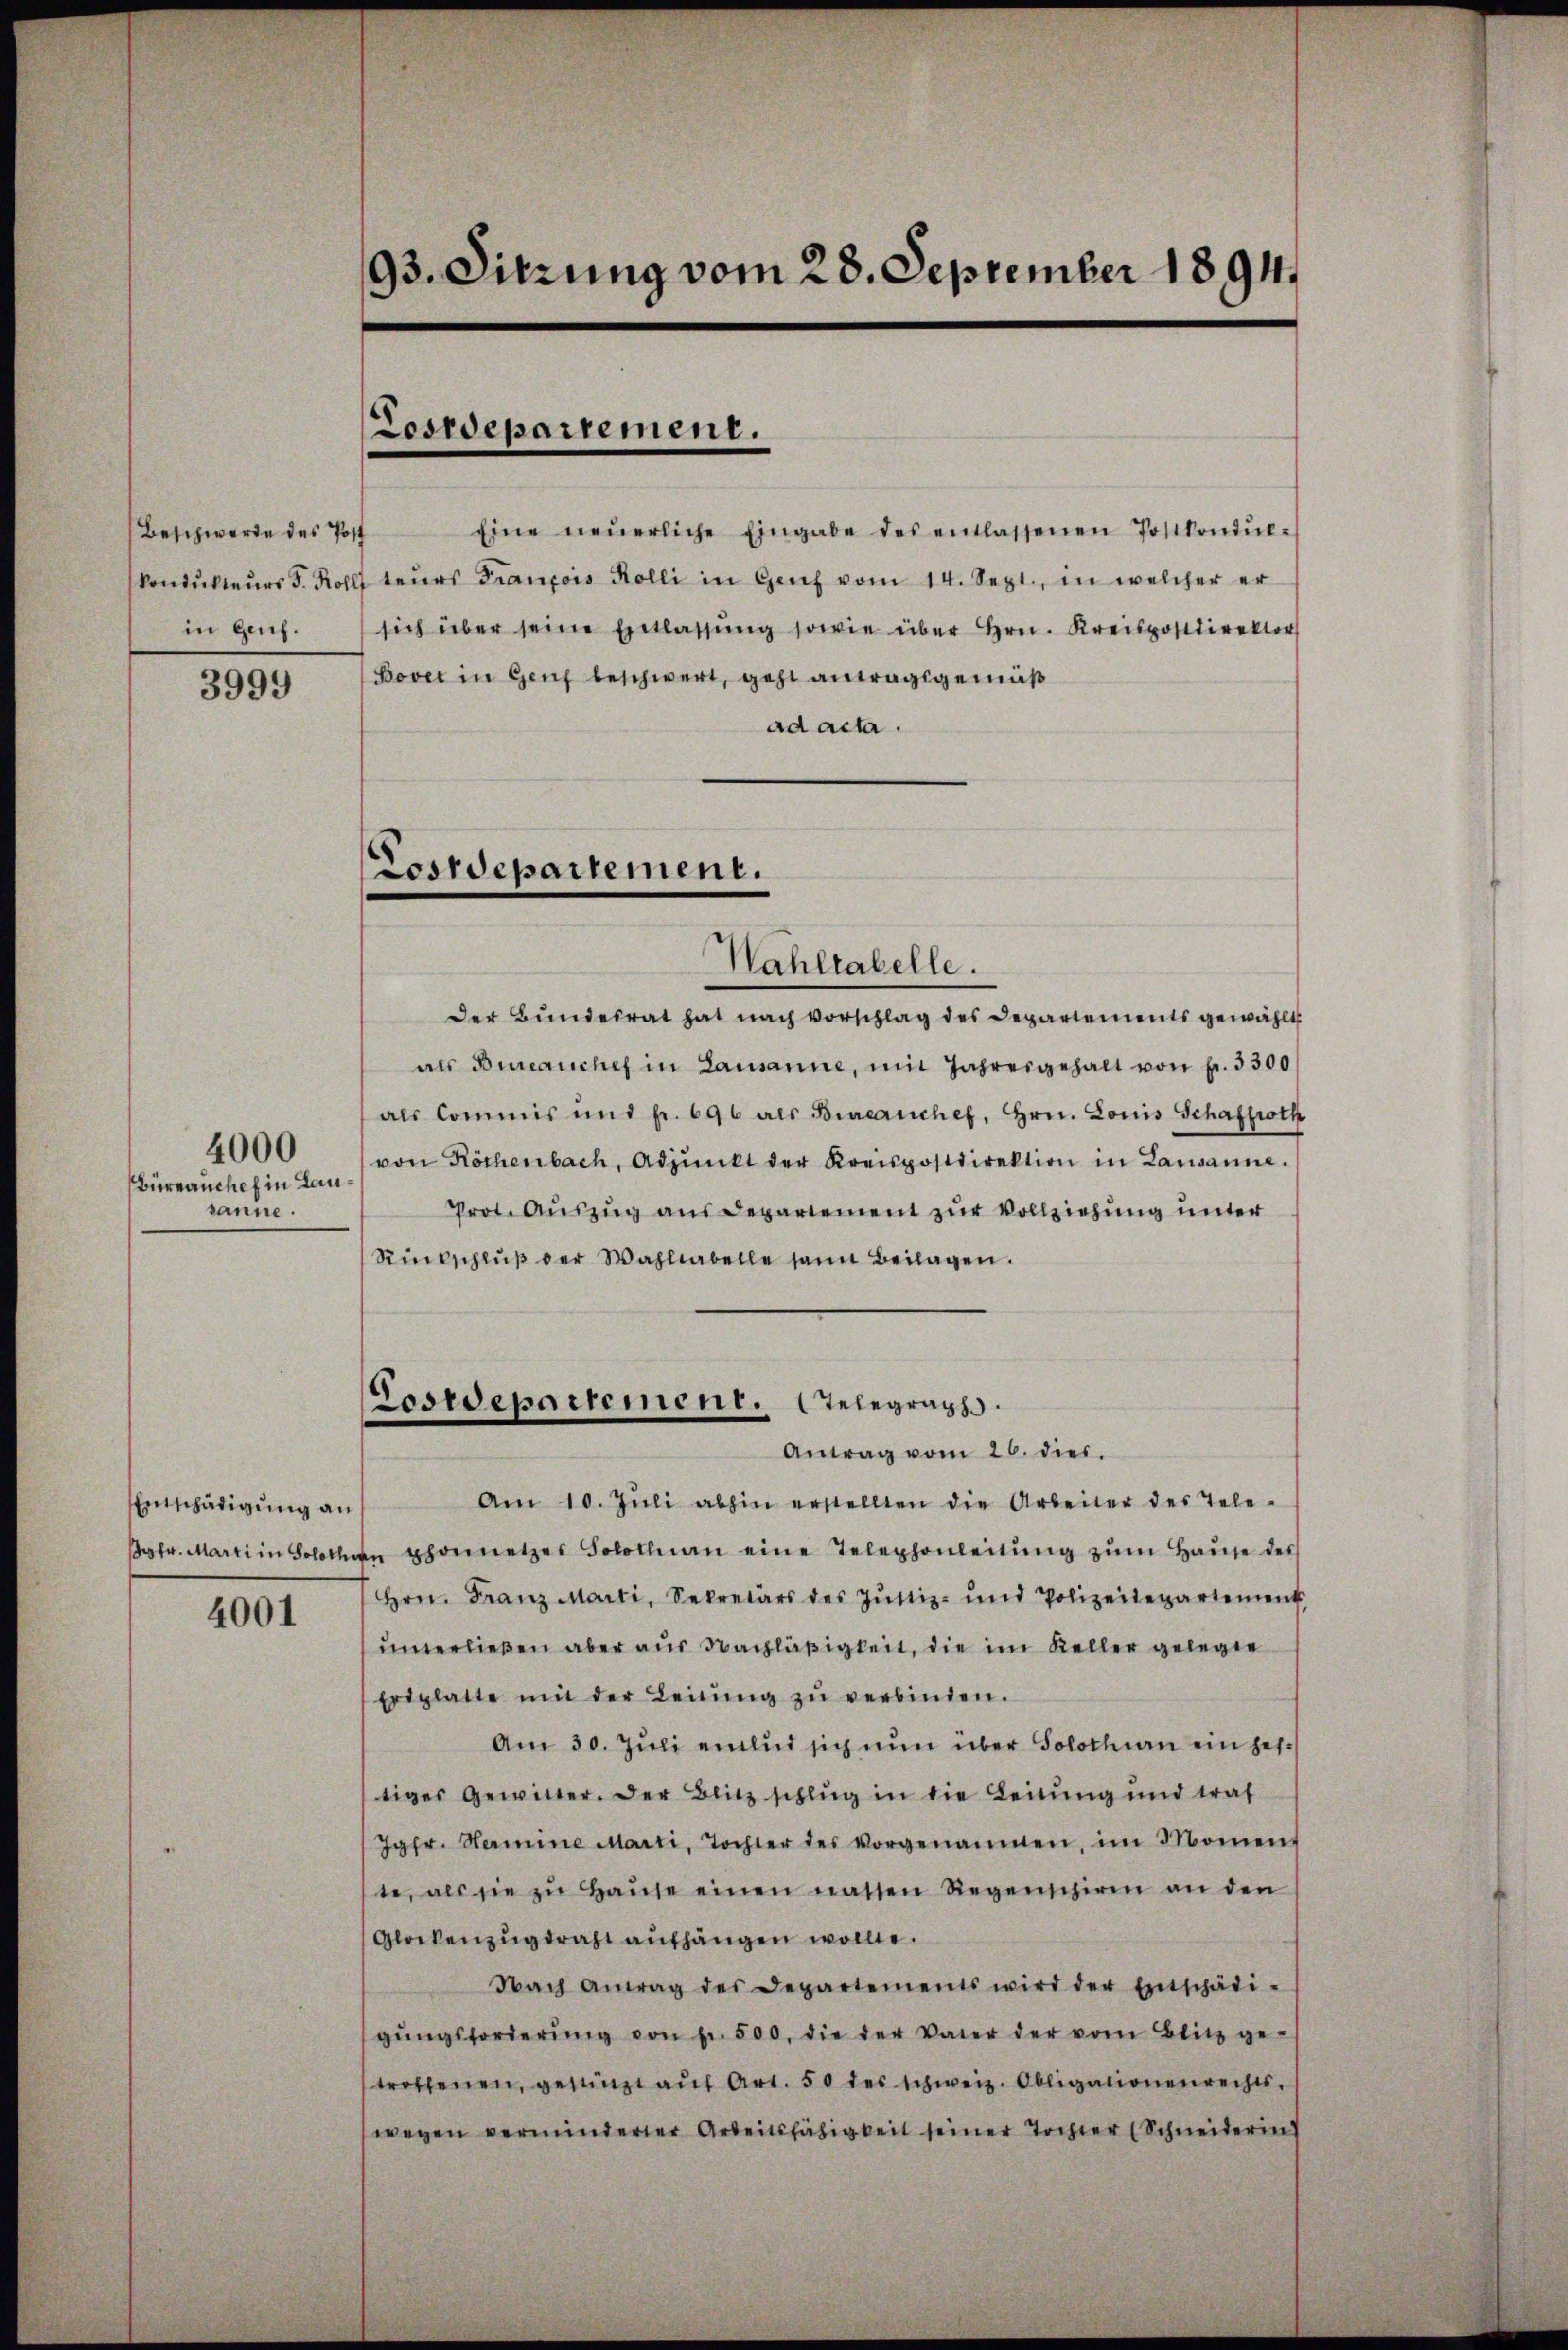
Beschwerde des Post
Vondukteurs d. Roll
in Ges.

3999

Büreauchef in Lausanne.

4000

Enntschädigung an
Bestr. Marti in Soloth

4001

93. Sitzung vom 28. September 1894.

Losrepartement.

Eine neŭerliche Eingabe des entlassenen Postkondŭl-
teŭrs François Kolli in Genf vom 14. Sept., in welcher er
sich über seine Entlassŭng sowie über Hrn. Kreispostdirektor
Bovet in Genf beschwert, geht antragsgemäß
ad acta.

Wahltabelle.

Costdepartement.

Der Bŭndesrat hat nach vorschlag des Departements gewählt
als Bureauchef in Lausanne, mit Jahresgehalt von fr. 3300
als Commis mit fr. 696 als Bureauches, Hrn. Louis Schafproth
von Röthenbach, Adpŭnkt der Kreispostdirektion in Lausanne.
Prot. Auszug aus Departement zur Vollziehung unter
Rückschlŭβ der Wahllabelle samt Beilagen.
Am 10. Jŭli abhin erstellten die Arbeiter des Tele-
n phonnetzes Solothurn eine Telephonleitŭng zŭm Haŭse des
Hrn. Franz Marti, Sekretärs des Justiz- und Polizeidepartement
unterließen aber aus Nachläßigkeit, die im Keller gelegte
Eriglatte mit der Leitŭng zŭ verbinden.
Am 30. Juli einlud sich nun über Solothurn ein gestiges Gewitter. Der Blitz schlug in die Leitung und traf
(Jgfr. Hermine Marti, Tochter des vorgenannten, im Moment
te, als sie zŭ Haŭse einen nassen Regenschien an den
Glockenzŭgtracht aufhängen wollte.
Nach Antrag des Departements wird der Entschädi-
gŭngsforderŭng von fr. 500. die der Vater der vom Blitz ge-
troffenen, gestinzt aŭf Art. 50 des schweiz. Obligationenrechts-
wegen verminderter Arbeitsfähigkeit seiner Tochter (Schneiderin

Tosrepartement. Gelegraph
Antrag vom 26. dies.